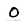
Character: O